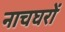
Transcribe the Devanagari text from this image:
नाचघरों